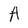
Character: A